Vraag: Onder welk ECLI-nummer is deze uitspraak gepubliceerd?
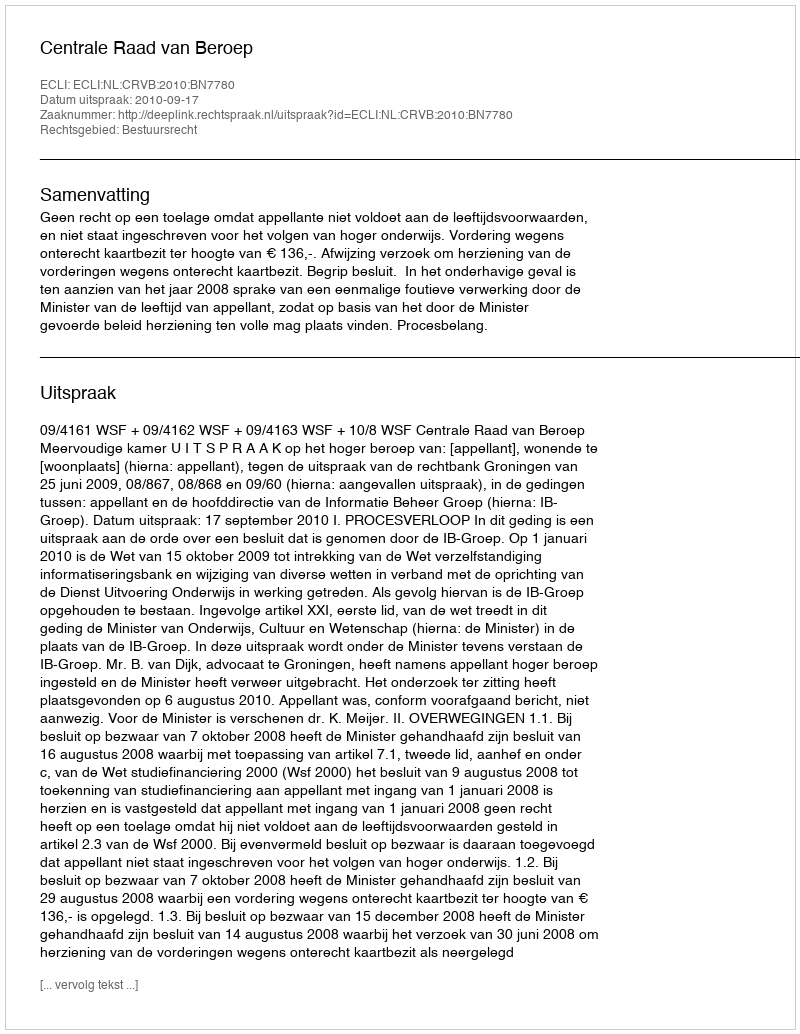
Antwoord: ECLI:NL:CRVB:2010:BN7780